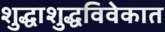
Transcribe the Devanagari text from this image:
शुद्धाशुद्धविवेकात